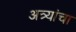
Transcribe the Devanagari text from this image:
अत्र्यांचा